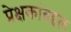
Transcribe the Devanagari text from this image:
प्रेक्षकांबद्दल